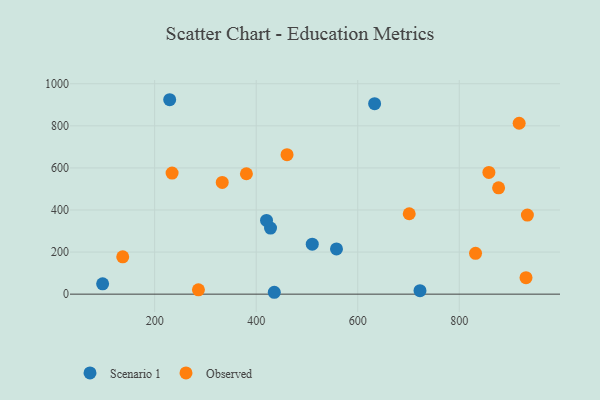
{"axis": {"x": "Distance", "y": "Demand"}, "legend": ["Observed", "Scenario 1"], "data": [{"x": "229.6", "y": 924.1, "type": "Scenario 1"}, {"x": "428.2", "y": 314.0, "type": "Scenario 1"}, {"x": "633.2", "y": 905.4, "type": "Scenario 1"}, {"x": "722.6", "y": 16.7, "type": "Scenario 1"}, {"x": "435.6", "y": 8.9, "type": "Scenario 1"}, {"x": "97.5", "y": 49.3, "type": "Scenario 1"}, {"x": "558.1", "y": 215.1, "type": "Scenario 1"}, {"x": "510.4", "y": 237.3, "type": "Scenario 1"}, {"x": "420.3", "y": 350.6, "type": "Scenario 1"}, {"x": "858.3", "y": 578.5, "type": "Observed"}, {"x": "931.4", "y": 78.4, "type": "Observed"}, {"x": "380.7", "y": 572.3, "type": "Observed"}, {"x": "832.0", "y": 194.1, "type": "Observed"}, {"x": "460.7", "y": 662.9, "type": "Observed"}, {"x": "934.1", "y": 375.6, "type": "Observed"}, {"x": "333.1", "y": 530.9, "type": "Observed"}, {"x": "701.4", "y": 382.1, "type": "Observed"}, {"x": "877.4", "y": 505.4, "type": "Observed"}, {"x": "917.9", "y": 812.3, "type": "Observed"}, {"x": "234.3", "y": 575.4, "type": "Observed"}, {"x": "286.2", "y": 20.5, "type": "Observed"}, {"x": "137.1", "y": 177.3, "type": "Observed"}]}